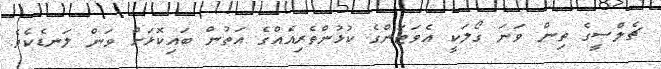
ޗެލްސީގެ ތިން ވަނަ ގޯލަކީ އެވަޓަންގެ ކުޅުންތެރިއެއްގެ އަތުން ބައިކޮޅަށް ވަން ލަނޑެކެވެ.